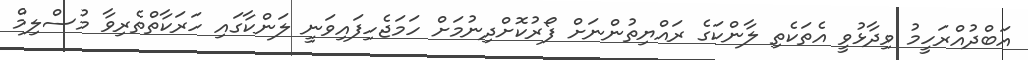
އަބްދުއްރަހީމު ވިދާޅުވީ އެތަކެތި ލާންކަގެ ރައްޔިތުންނަށް ފޯރުކޮށްދިނުމަށް ހަމަޖެހިފައިވަނީ ލަންކާގައި ހަރަކާތްތެރިވާ މުސްލިމް